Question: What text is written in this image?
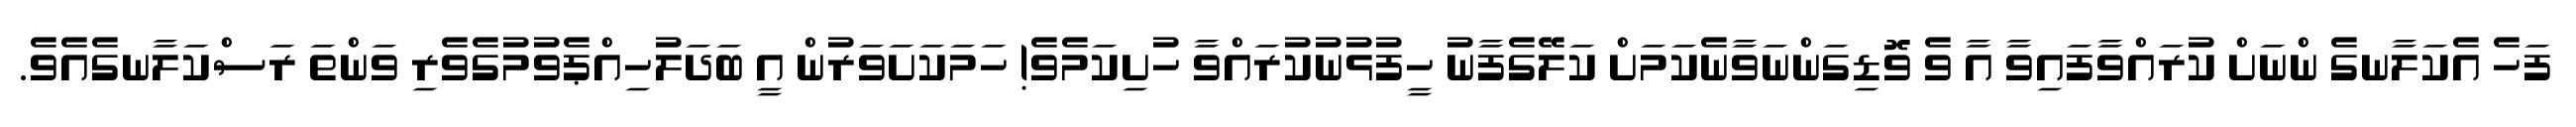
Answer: ފަހެ އެކަލާނގެ ންނަށް ކުރައްވާފައިވާ އާ ވެ ވޮޑިގަންނަވާނެކަމަށް ކަލޭގެފާނު ހީފުޅުނުކުރައްވާ ހުށިކަމެވެ! ހަމަކަށަވަރުން އީ ބަދަލުހިއްޕެވުމުގެވެރި ވަންތަ ރަސްކަލާނގެއެވެ.